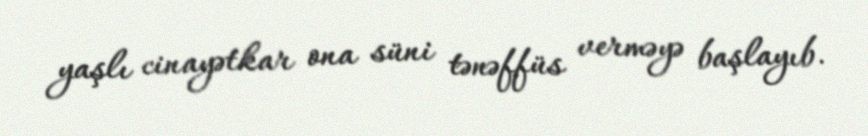
yaşlı cinayətkar ona süni tənəffüs verməyə başlayıb.